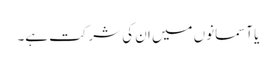
یا آسمانوں میں ان کی شرکت ہے۔